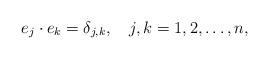
LaTeX: \begin{align*}e_{j}\cdot e_{k}=\delta _{j,k},\quad j,k=1,2,\ldots ,n,\end{align*}